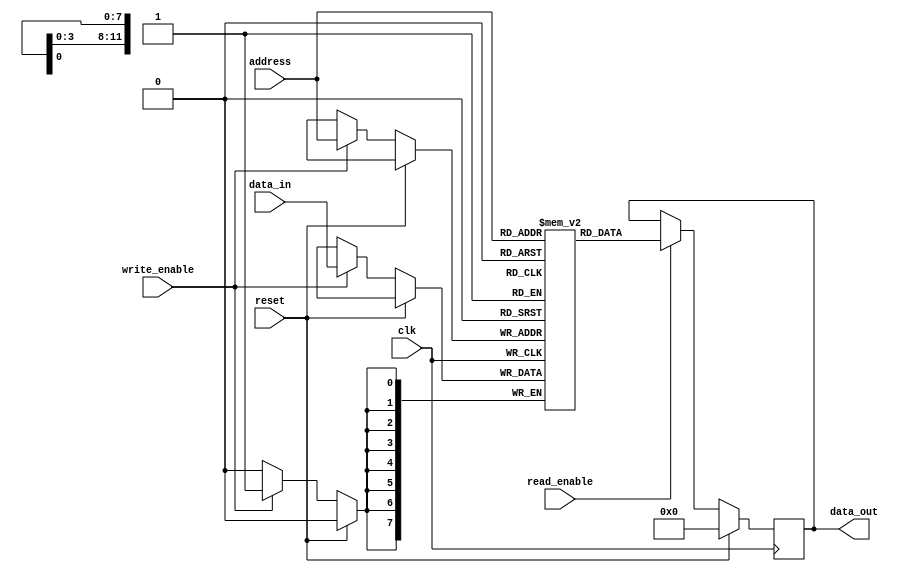
module memory_block (
    input wire clk,
    input wire reset,
    input wire [7:0] data_in,
    output reg [7:0] data_out,
    input wire [11:0] address,
    input wire write_enable,
    input wire read_enable
);

reg [7:0] memory [4095:0]; // 4KB memory size

always @(posedge clk) begin
    if (reset) begin
        data_out <= 8'b0;
    end else begin
        if (read_enable) begin
            data_out <= memory[address];
        end
        if (write_enable) begin
            memory[address] <= data_in;
        end
    end
end

endmodule